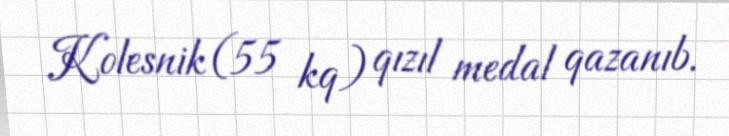
Kolesnik (55 kq) qızıl medal qazanıb.